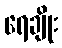
ရေချိုး